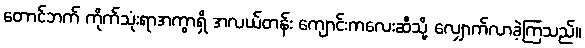
တောင်ဘက် ကိုက်သုံးရာအကွာရှိ အလယ်တန်း ကျောင်းကလေးဆီသို့ လျှောက်လာခဲ့ကြသည်။